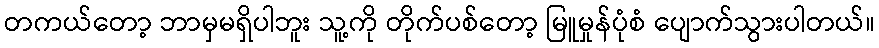
တကယ်တော့ ဘာမှမရှိပါဘူး သူ့ကို တိုက်ပစ်တော့ မြူမှုန်ပုံစံ ပျောက်သွားပါတယ်။